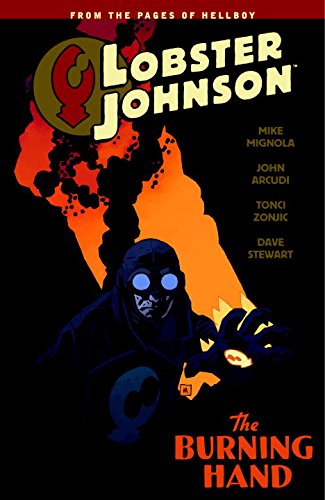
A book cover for Lobster Johnson Volume 2: The Burning Hand; Mike Mignola; Comics & Graphic Novels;